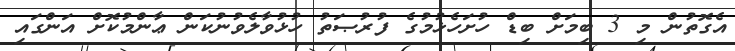
އެގޮތުން މި 3 ބިމަށް ބިޑް ހުށަހެޅުމުގެ ފުރުޞަތު ހުޅުވާލެވުނުކަން ޢާންމުކޮށް އަންގައި